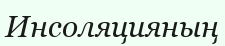
Инсоляцияның